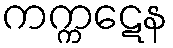
ကက္ကဋေန